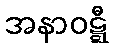
အနာဝဋ္ဋီ